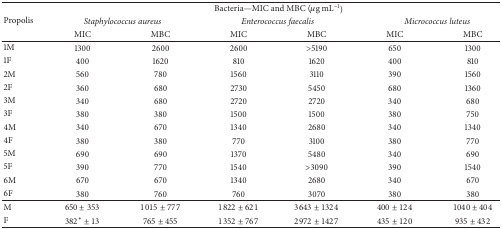
<table><thead><tr><td rowspan="3"><b>Propolis </b></td><td colspan="6"><b>Bacteria—MIC and MBC (<i>μ</i>g mL<sup>−1</sup>)</b></td></tr><tr><td colspan="2"><b><i>Staphylococcus aureus </i></b></td><td colspan="2"><b><i>Enterococcus faecalis </i></b></td><td colspan="2"><b><i>Micrococcus luteus </i></b></td></tr><tr><td><b>MIC</b></td><td><b>MBC</b></td><td><b>MIC</b></td><td><b>MBC</b></td><td><b>MIC</b></td><td><b>MBC</b></td></tr></thead><tbody><tr><td>1M</td><td>1300</td><td>2600</td><td>2600</td><td>&gt;5190</td><td>650</td><td>1300</td></tr><tr><td>1F</td><td>400</td><td>1620</td><td>810</td><td>1620</td><td>400</td><td>810</td></tr><tr><td>2M</td><td>560</td><td>780</td><td>1560</td><td>3110</td><td>390</td><td>1560</td></tr><tr><td>2F</td><td>360</td><td>680</td><td>2730</td><td>5450</td><td>680</td><td>1360</td></tr><tr><td>3M</td><td>340</td><td>680</td><td>2720</td><td>2720</td><td>340</td><td>680</td></tr><tr><td>3F</td><td>380</td><td>380</td><td>1500</td><td>1500</td><td>380</td><td>750</td></tr><tr><td>4M</td><td>340</td><td>670</td><td>1340</td><td>2680</td><td>340</td><td>1340</td></tr><tr><td>4F</td><td>380</td><td>380</td><td>770</td><td>3100</td><td>380</td><td>770</td></tr><tr><td>5M</td><td>690</td><td>690</td><td>1370</td><td>5480</td><td>340</td><td>690</td></tr><tr><td>5F</td><td>390</td><td>770</td><td>1540</td><td>&gt;3090</td><td>390</td><td>1540</td></tr><tr><td>6M</td><td>670</td><td>670</td><td>1340</td><td>2680</td><td>340</td><td>670</td></tr><tr><td>6F</td><td>380</td><td>760</td><td>760</td><td>3070</td><td>380</td><td>380</td></tr><tr><td>M</td><td>650 ± 353</td><td>1015 ± 777</td><td>1822 ± 621</td><td>3643 ± 1324</td><td>400 ± 124</td><td>1040 ± 404</td></tr><tr><td>F</td><td>382<sup>*</sup> ± 13</td><td>765 ± 455</td><td>1352 ± 767</td><td>2972 ± 1427</td><td>435 ± 120</td><td>935 ± 432</td></tr></tbody></table>